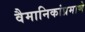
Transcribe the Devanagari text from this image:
वैमानिकांप्रमाणे